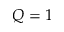
Q = 1